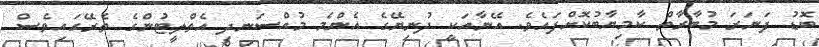
ބޮޑު ފަނަރަ މުބާރާތް ކާމިޔާބުކޮށްފައެވެ. އޭނާއަކީ ދުނިޔޭގެ އެންމެ މުއްސަނދި އެތްލީޓުންގެ ތެރޭގައިވެސް